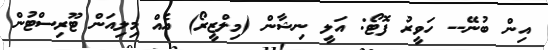
އިން ބުނޭ-- ހަވީރު ފޮޓޯ: އަލީ ނިޝާން (މިލްޒީރޯ) އެއް މިލިއަން ޓޫރިސްޓުން